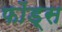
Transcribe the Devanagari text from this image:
फोंड्स